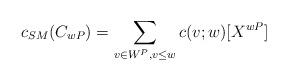
LaTeX: \begin{align*}c_{SM}(C_{w P})=\sum_{v\in W^P, v\leq w}{c(v;w)[X^{w P}]}\end{align*}